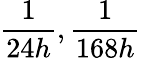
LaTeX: \frac{1}{24h},\frac{1}{168h}